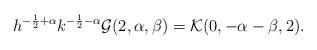
LaTeX: \begin{align*}h^{-\frac{1}{2}+\alpha} k^{-\frac{1}{2}-\alpha} \mathcal{G}(2,\alpha,\beta) = \mathcal{K}(0,-\alpha -\beta ,2).\end{align*}